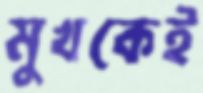
মুখকেই